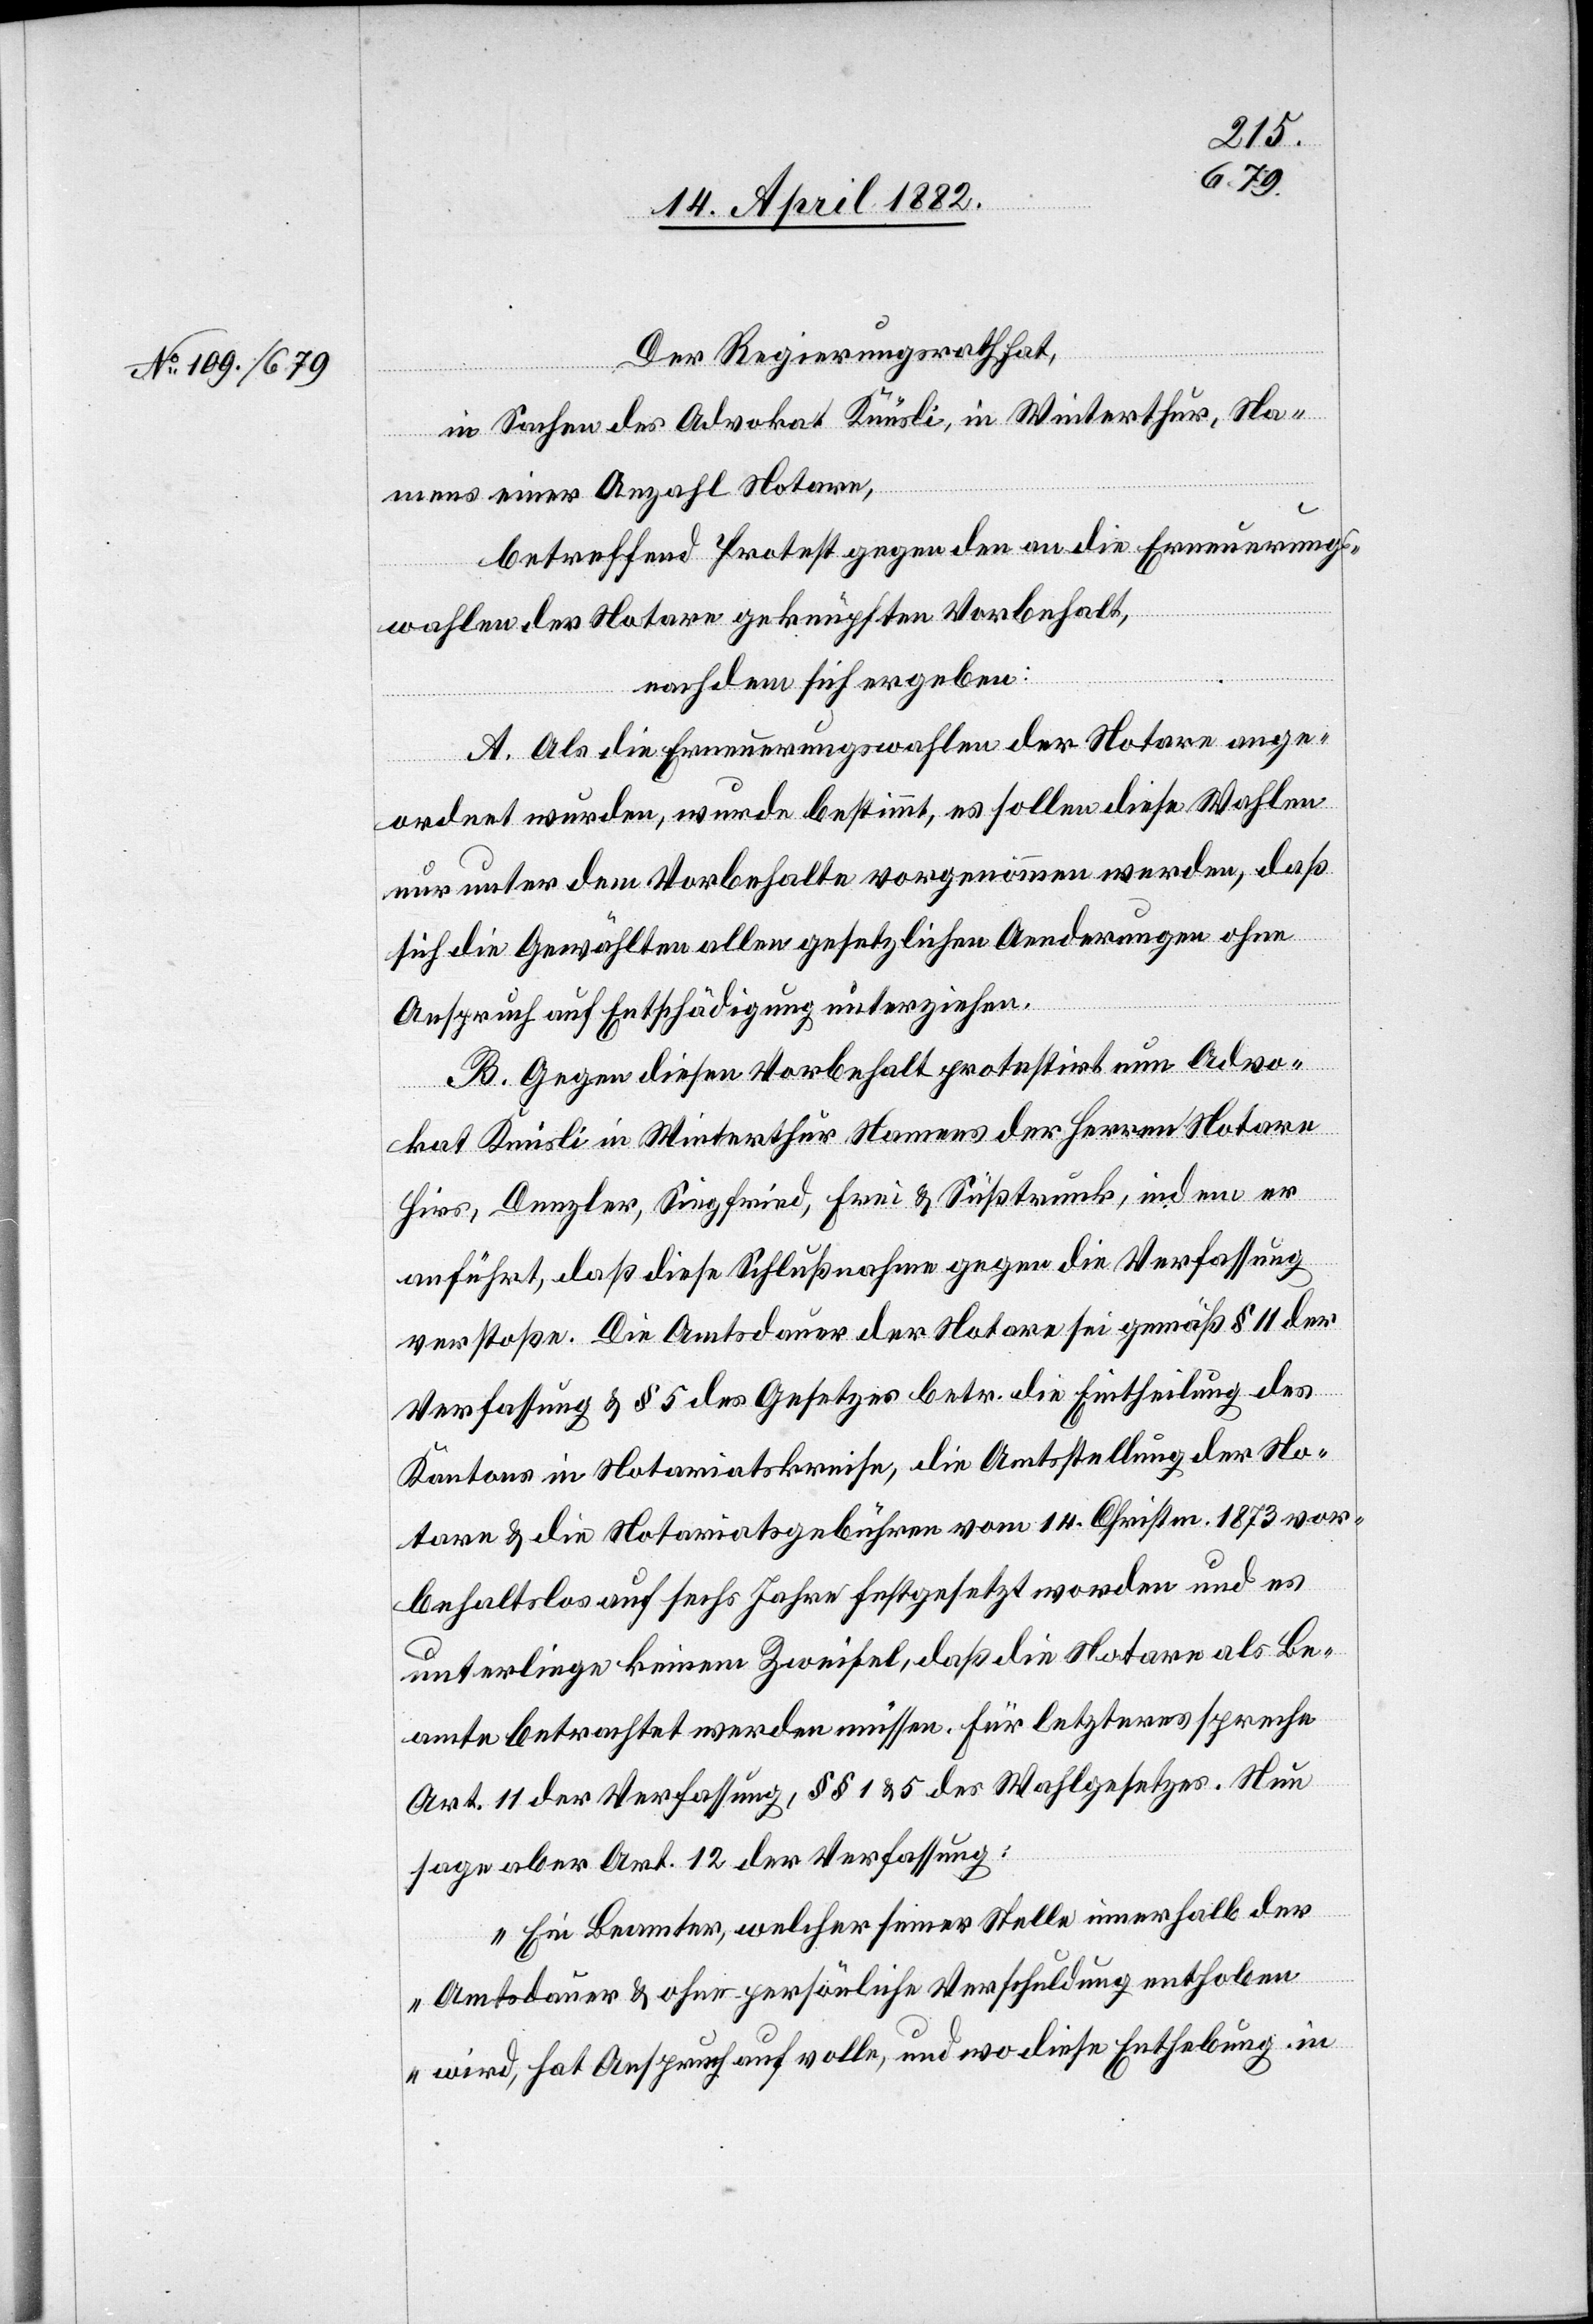
Der Regierungsrath hat,
in Sachen des Advokat Knüsli, in Winterthur, Na¬
mens einer Anzahl Notare,
betreffend Protest gegen den an die Erneuerungs¬
wahlen der Notare geknüpften Vorbehalt,
nachdem sich ergeben:
A. Als die Erneuerungswahlen der Notare ange¬
ordnet wurden, wurde bestimmt, es sollen diese Wahlen
nur unter dem Vorbehalte vorgenommen werden, daß
sich die Gewählten allen gesetzlichen Aenderungen ohne
Anspruch auf Entschädigung unterziehen.
B. Gegen diesen Vorbehalt protestirt nun Advo¬
kat Knüsli in Winterthur Namens der Herren Notare
Hirs, Denzler, Siegfried, Frei & Süßtrunk, indem er
anführt, daß diese Schlußnahme gegen die Verfassung
verstoße. Die Amtsdauer der Notare sei gemäß § 11 der
Verfassung & § 5 des Gesetzes betr. die Eintheilung des
Kantons in Notariatskreise, die Amtsstellung der No¬
tare & die Notariatsgebühren vom 14. Christm 1873 vor¬
behaltlos auf sechs Jahre festgesetzt worden und es
unterliege keinem Zweifel, daß die Notare als Be¬
amte betrachtet werden müssen. Für letzteres spreche
Art. 11 der Verfassung, §§ 1 & 5 des Wahlgesetzes. Nun
sage aber Art. 12 der Verfassung:
„Ein Beamter, welcher seiner Stelle innerhalb der
Amtsdauer & ohne persönliche Verschuldung enthoben
wird, hat Anspruch auf volle, und wo diese Enthebung in